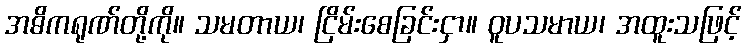
အဓိကရုဏ်တို့ကို။ သမတာယ၊ ငြိမ်းစေခြင်းငှာ။ ဝူပသမာယ၊ အထူးသဖြင့်